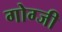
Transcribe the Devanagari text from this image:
गोग्जी